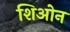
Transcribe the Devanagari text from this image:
शिओन